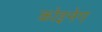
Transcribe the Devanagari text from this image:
कोइनेग